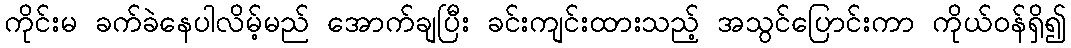
ကိုင်းမ ခက်ခဲနေပါလိမ့်မည် အောက်ချပြီး ခင်းကျင်းထားသည့် အသွင်ပြောင်းကာ ကိုယ်ဝန်ရှိ၍